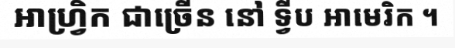
អាហ្វ្រិក ជាច្រើន នៅ ទ្វីប អាមេរិក ។